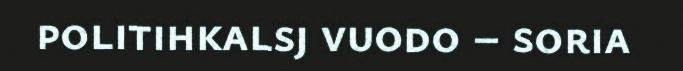
politihkalsj vuodo – soria